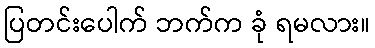
ပြတင်းပေါက် ဘက်က ခုံ ရမလား။